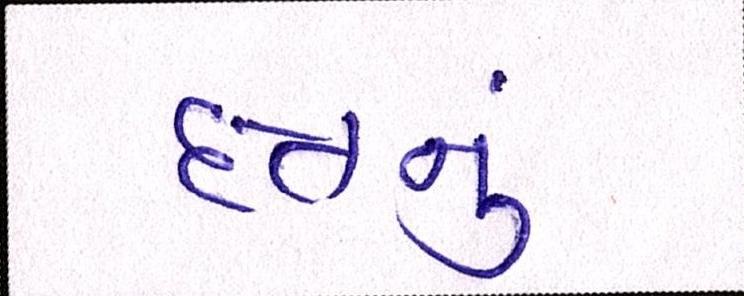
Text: દત્તનું